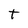
Character: t